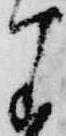
わ